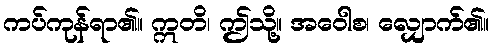
ကပ်ကုန်ရာ၏။ ဣတိ၊ ဤသို့။ အဝေါစ၊ လျှောက်၏။